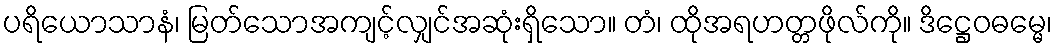
ပရိယောသာနံ၊ မြတ်သောအကျင့်လျှင်အဆုံးရှိသော။ တံ၊ ထိုအရဟတ္တဖိုလ်ကို။ ဒိဋ္ဌေဝဓမ္မေ၊